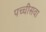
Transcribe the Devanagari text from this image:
पच्चीसवा